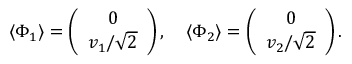
\langle \Phi _ { 1 } \rangle = \left( \begin{array} { c } { { 0 } } \\ { { v _ { 1 } / \sqrt 2 } } \end{array} \right) , ~ ~ ~ \langle \Phi _ { 2 } \rangle = \left( \begin{array} { c } { { 0 } } \\ { { v _ { 2 } / \sqrt 2 } } \end{array} \right) .